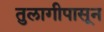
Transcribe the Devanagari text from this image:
तुलागीपासून